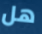
هل